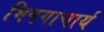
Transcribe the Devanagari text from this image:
भिषगाचार्य